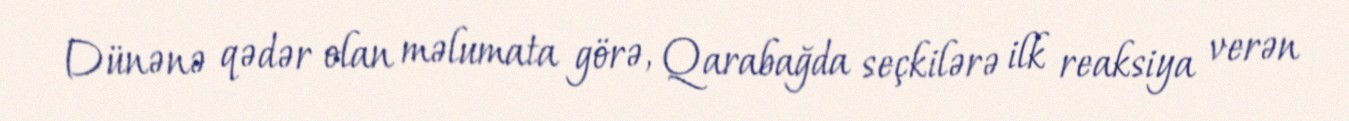
Dünənə qədər olan məlumata görə, Qarabağda seçkilərə ilk reaksiya verən